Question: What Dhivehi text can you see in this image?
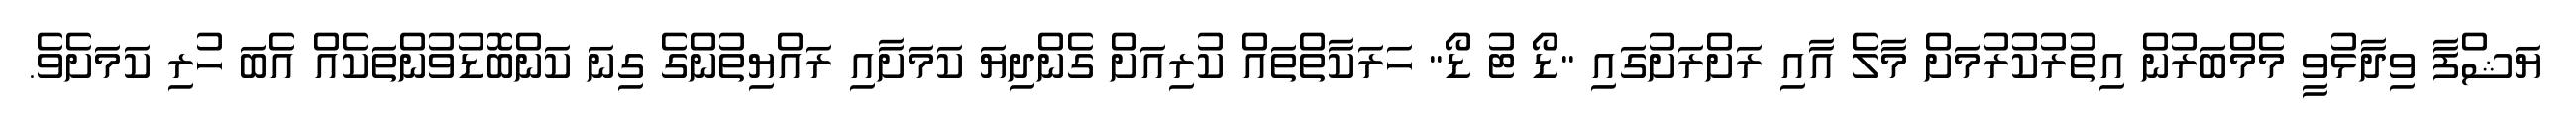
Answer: ޔަޝްފާ ވިދާޅުވީ މެމްބަރުން އިތުރުކުރުމަށް މާލެ އާއި ރަށްރަށުގައި "ޑޯ ޓު ޑޯ" ހަރަކާތްތައް ކުރިއަށް ގެންދިޔަ ކަމަށާއި ރައްޔިތުންގެ ގިނަ ކަންބޮޑުވުންތަކެއް އެބަ ހުރި ކަމަށެވެ.